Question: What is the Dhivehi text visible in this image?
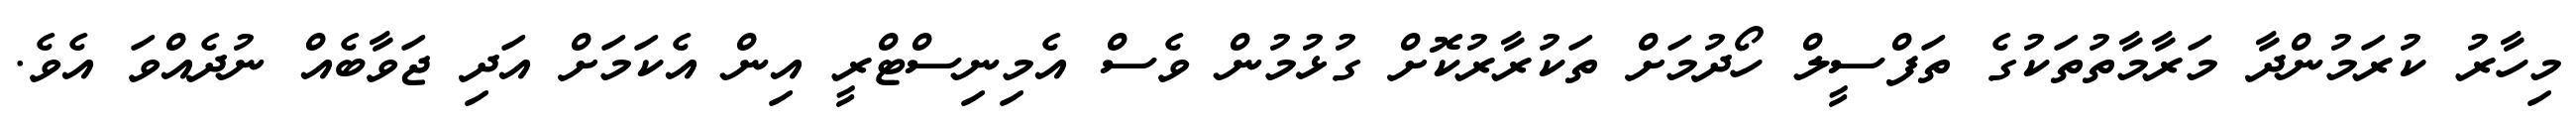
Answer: މިހާރު ކުރަމުންދާ މަރާމާތުތަކުގެ ތަފްސީލް ހޯދުމަށް ތަކުރާރުކޮށް ގުޅުމުން ވެސް އެމިނިސްޓްރީ އިން އެކަމަށް އަދި ޖަވާބެއް ނުދެއްވަ އެވެ.